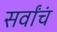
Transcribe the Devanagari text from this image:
सर्वांचं